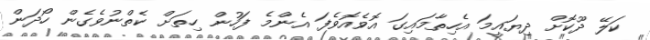
ކަލޭ ދޫކޮށް ދިޔައީމަ އެހިތާމައިގަ އޮވެއޮވެފަ އެންމެ ފަހުން ހިތަށް ކެތްނުވެގެން ހޯދަން